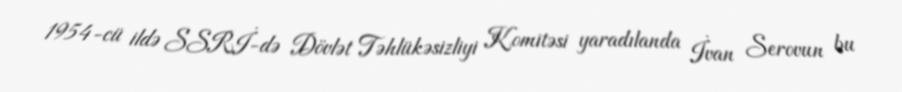
1954-cü ildə SSRİ-də Dövlət Təhlükəsizliyi Komitəsi yaradılanda İvan Serovun bu